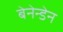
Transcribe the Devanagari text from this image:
बेनेन्डेन